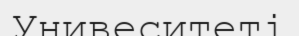
Унивеситеті